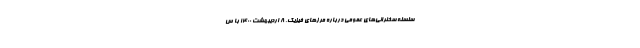
سلسله سخنرانی‌های عمومی درباره مرزهای فیزیک، ۸ اردیبهشت ۱۴۰۰ با س